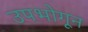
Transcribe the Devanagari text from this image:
उपभोगून